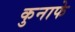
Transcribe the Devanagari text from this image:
कुनाफे